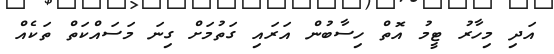
އަދި މިހާރު ޓީމު އޮތް ހިސާބުން އަރައި ގަތުމަށް ގިނަ މަސައްކަތް ތަކެއް